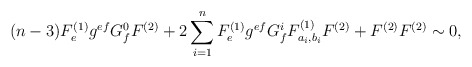
\begin{align*}(n-3)F_{ e}^{(1)}g^{ef}G_f^0 F^{(2)}+2\sum_{i=1}^{n}F_{ e}^{(1)}g^{ef}G_f^iF^{(1)}_{a_i,b_i}F^{(2)}+F^{(2)}F^{(2)}\sim 0,\end{align*}